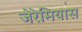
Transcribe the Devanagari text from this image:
जेरेमियास